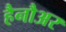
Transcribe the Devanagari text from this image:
हैनौअर